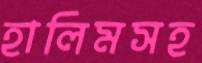
হালিমসহ